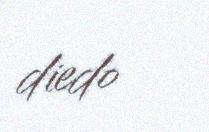
diedo